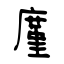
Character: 廑